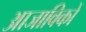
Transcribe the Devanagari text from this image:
आजाविकों